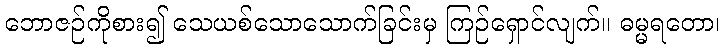
ဘောဇဉ်ကိုစား၍ သေယစ်သောသောက်ခြင်းမှ ကြဉ်ရှောင်လျက်။ ဓမ္မရတော၊